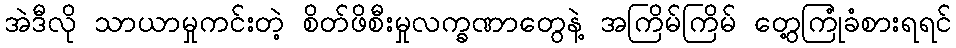
အဲဒီလို သာယာမှုကင်းတဲ့ စိတ်ဖိစီးမှုလက္ခဏာတွေနဲ့ အကြိမ်ကြိမ် တွေ့ကြုံခံစားရရင်